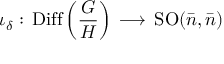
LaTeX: \iota _ { \delta } : \, \mathrm { D i f f } \left( { \frac { \cal G } { \cal H } } \right) \, \longrightarrow \, \mathrm { S O } ( { \bar { n } } , { \bar { n } } )